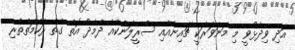
އަދި ވިދާޅުވީ މި މަނަވަރަކީ ޗައިނާއާއި ސްރީލަންކާއާ ދެމެދު އޮތް ގާތް ރަހްމަތްތެރި